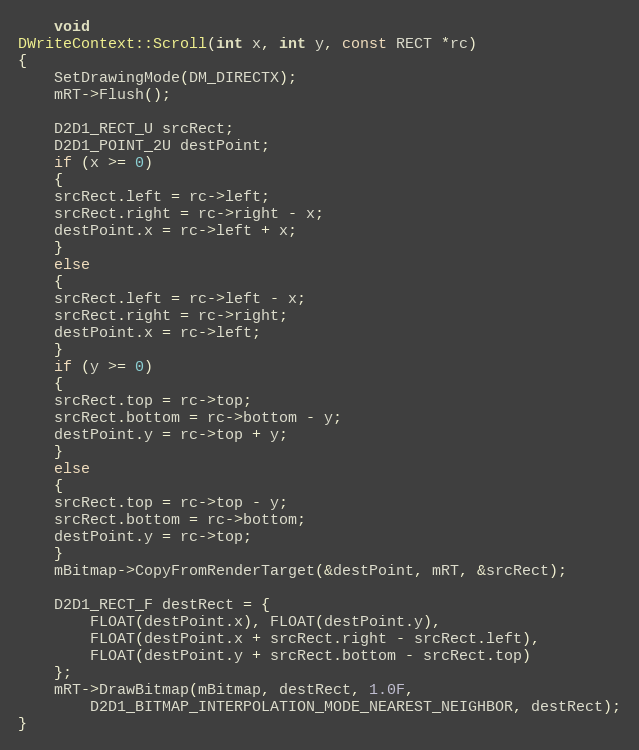
Language: C++
    void
DWriteContext::Scroll(int x, int y, const RECT *rc)
{
    SetDrawingMode(DM_DIRECTX);
    mRT->Flush();

    D2D1_RECT_U srcRect;
    D2D1_POINT_2U destPoint;
    if (x >= 0)
    {
	srcRect.left = rc->left;
	srcRect.right = rc->right - x;
	destPoint.x = rc->left + x;
    }
    else
    {
	srcRect.left = rc->left - x;
	srcRect.right = rc->right;
	destPoint.x = rc->left;
    }
    if (y >= 0)
    {
	srcRect.top = rc->top;
	srcRect.bottom = rc->bottom - y;
	destPoint.y = rc->top + y;
    }
    else
    {
	srcRect.top = rc->top - y;
	srcRect.bottom = rc->bottom;
	destPoint.y = rc->top;
    }
    mBitmap->CopyFromRenderTarget(&destPoint, mRT, &srcRect);

    D2D1_RECT_F destRect = {
	    FLOAT(destPoint.x), FLOAT(destPoint.y),
	    FLOAT(destPoint.x + srcRect.right - srcRect.left),
	    FLOAT(destPoint.y + srcRect.bottom - srcRect.top)
    };
    mRT->DrawBitmap(mBitmap, destRect, 1.0F,
	    D2D1_BITMAP_INTERPOLATION_MODE_NEAREST_NEIGHBOR, destRect);
}